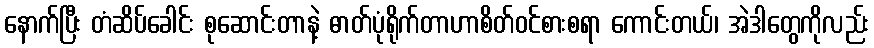
နောက်ပြီး တံဆိပ်ခေါင်း စုဆောင်းတာနဲ့ ဓာတ်ပုံရိုက်တာဟာစိတ်ဝင်စားစရာ ကောင်းတယ်၊ အဲဒါတွေကိုလည်း